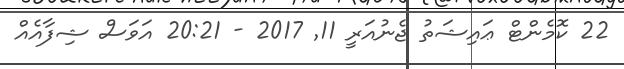
22 ކޮމެންޓް ޢައިޝަތު ޖެނުއަރީ 11